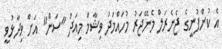
އެ ކުންފުނީގެ ޖެނެރަލް މެނޭޖަރު މުހައްމަދު ވިޝާމް މިއަދު "ސަން" އަށް ވިދާޅުވީ